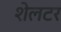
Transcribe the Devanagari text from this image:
शेलटर